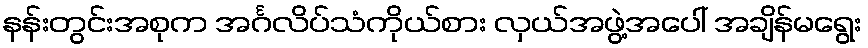
နန်းတွင်းအစုက အင်္ဂလိပ်သံကိုယ်စား လှယ်အဖွဲ့အပေါ် အချိန်မရွေး